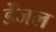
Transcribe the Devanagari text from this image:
डेंजल